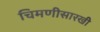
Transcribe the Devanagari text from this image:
चिमणीसारखी